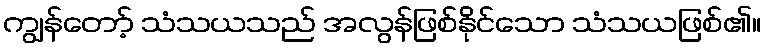
ကျွန်တော့် သံသယသည် အလွန်ဖြစ်နိုင်သော သံသယဖြစ်၏။